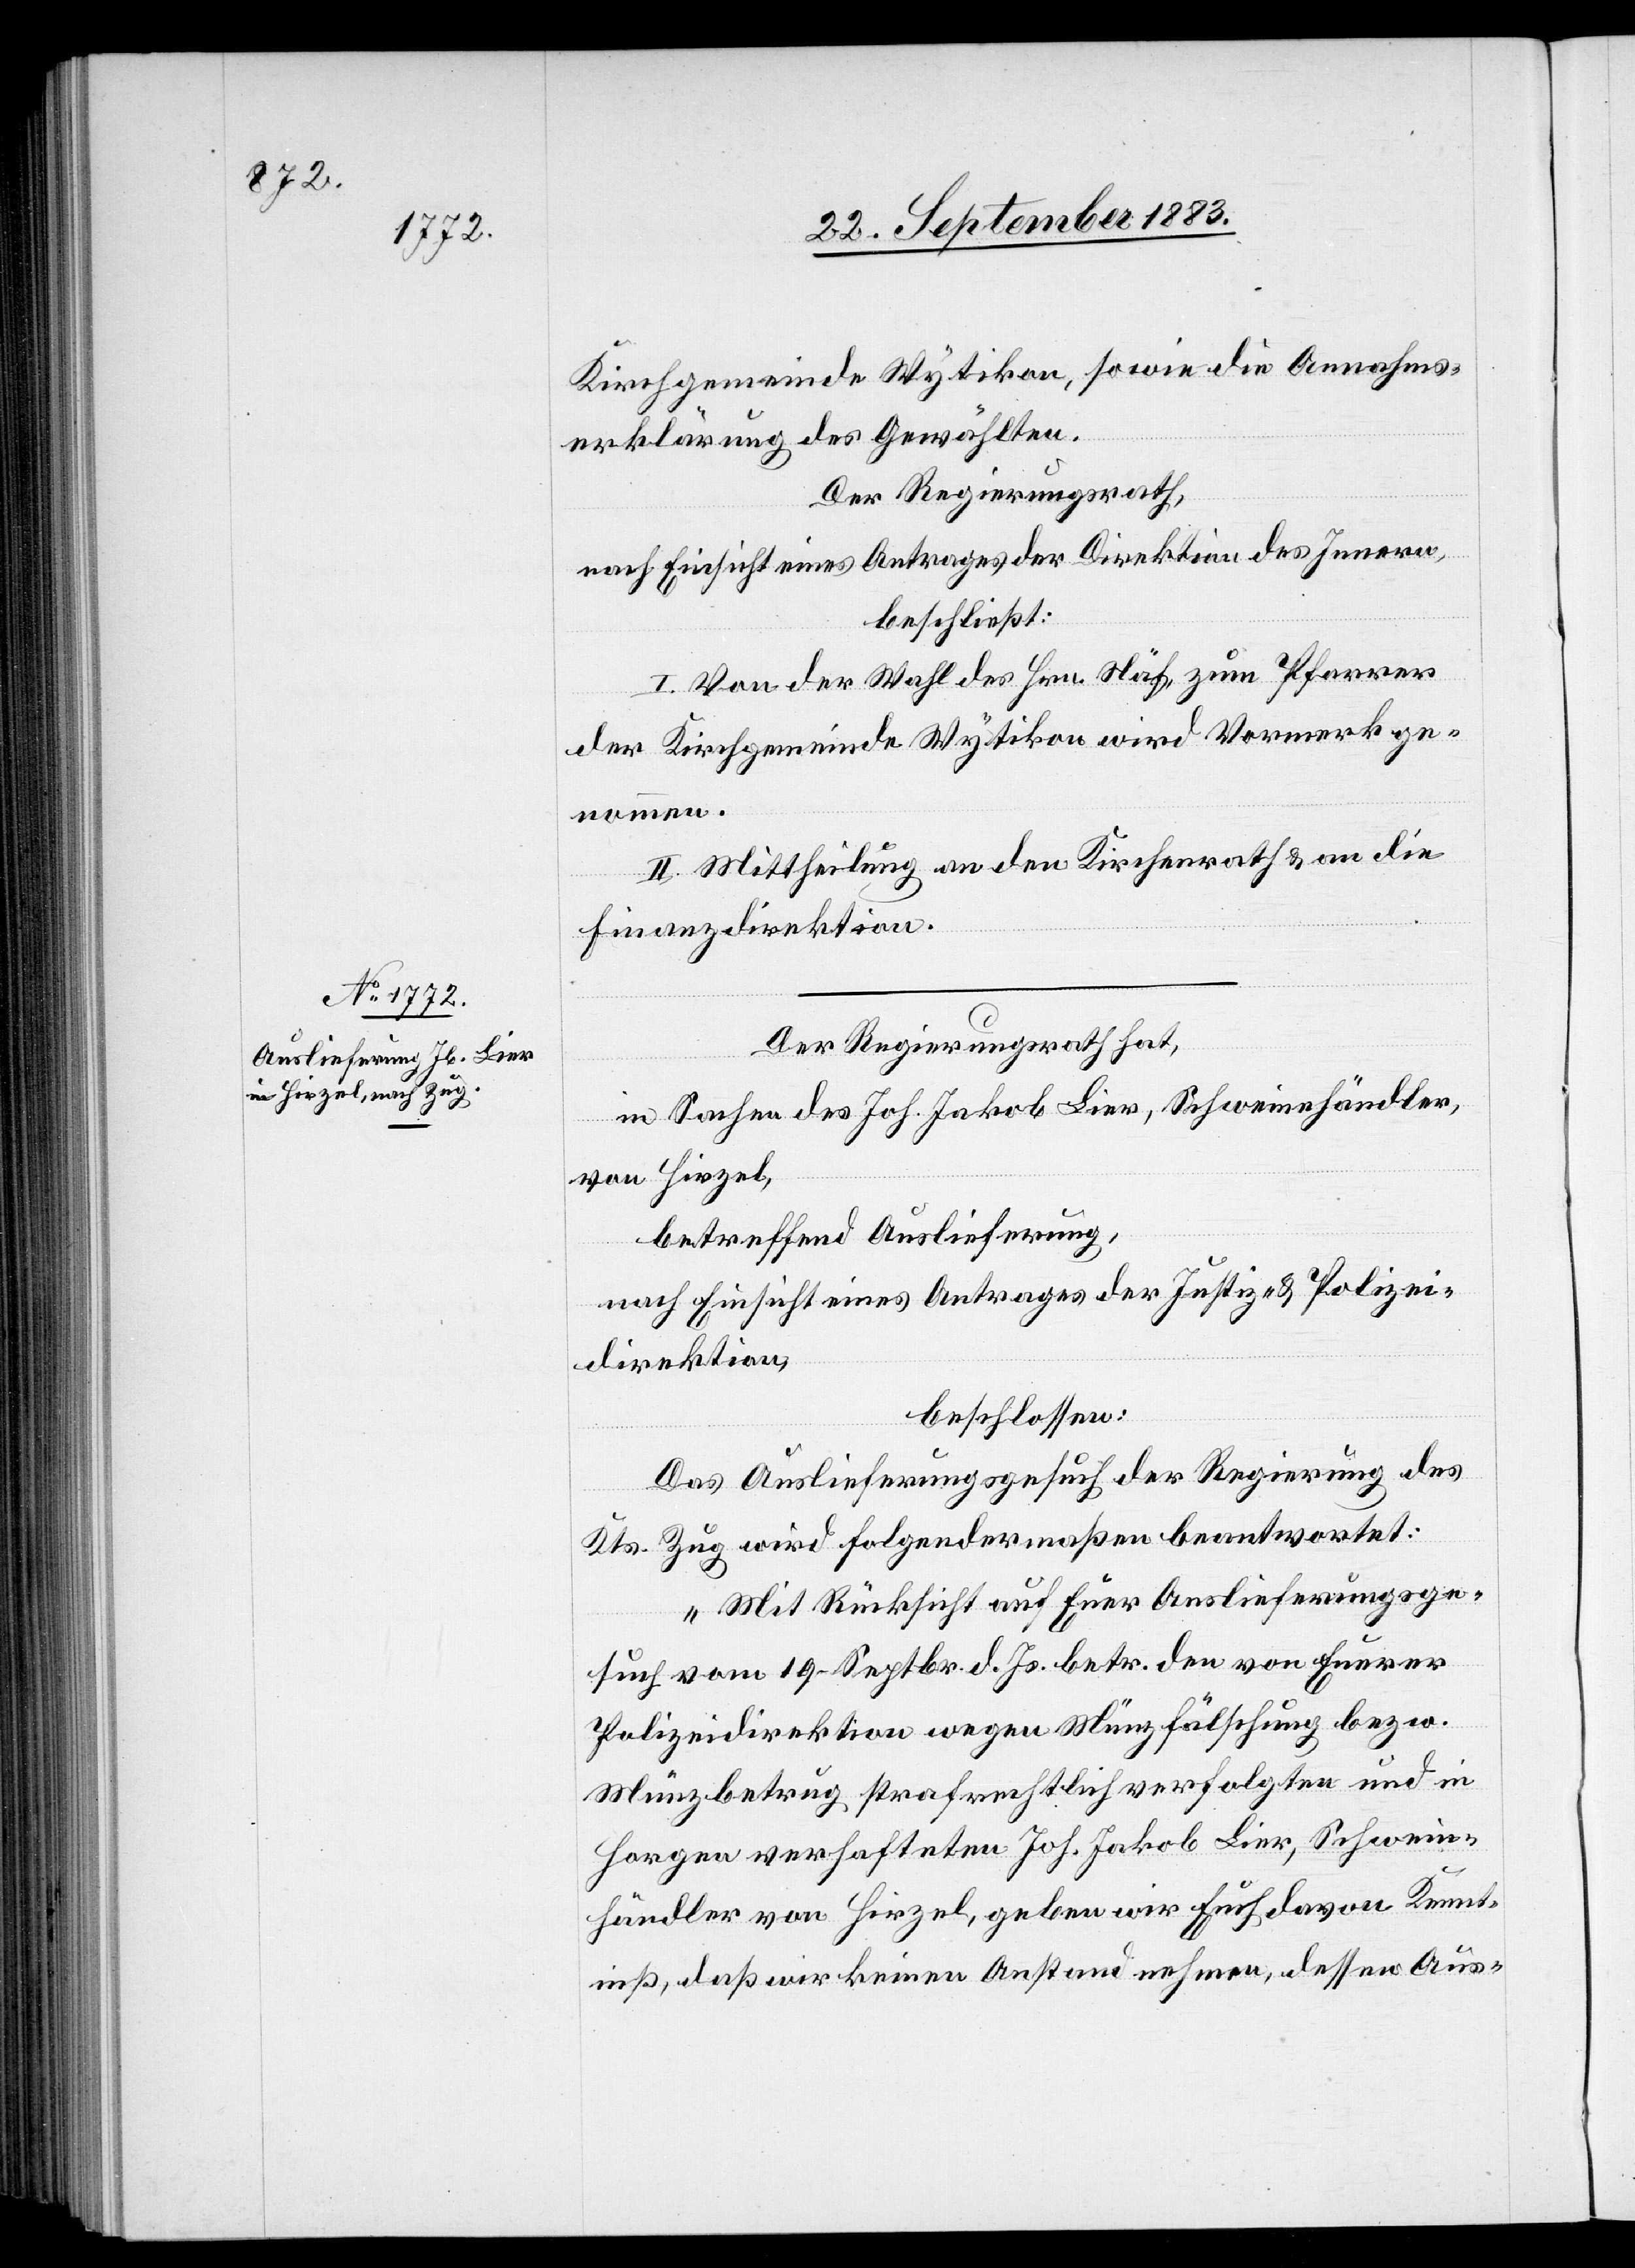
Kirchgemeinde Wytikon, sowie die Annahms¬
erklärung des Gewählten.
Der Regierungsrath,
nach Einsicht eines Antrages der Direktion des Innern,
beschließt:
I. Von der Wahl des Hrn. Näf, zum Pfarrer
der Kirchgemeinde Wytikon wird Vormerk ge¬
nommen.
II. Mittheilung an den Kirchenrath & an die
Finanzdirektion.
Der Regierungsrath hat,
in Sachen des Joh. Jakob Lier, Schweinehändler,
von Hirzel,
betreffend Auslieferung,
nach Einsicht eines Antrages der Justiz- & Polizei¬
direktion,
beschlossen:
Das Auslieferungsgesuch der Regierung des
Kts. Zug wird folgendermaßen beantwortet:
„Mit Rücksicht auf Euer Auslieferungsge¬
such vom 19. Septbr. d. Js. betr. den von Euerer
Polizeidirektion wegen Münzfälschung bezw.
Münzbetrug strafrechtlich verfolgten und in
Horgen verhafteten Joh. Jakob Lier, Schwein¬
händler von Hirzel, geben wir Euch davon Kennt¬
niß, daß wir keinen Anstand nehmen, dessen Aus-